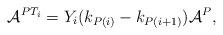
LaTeX: \begin{align*}\mathcal{A}^{PT_i}=Y_i(k_{P(i)}-k_{P(i+1)})\mathcal{A}^P,\end{align*}